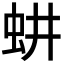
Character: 𬟷